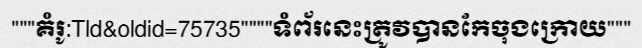
"""គំរូ:Tld&oldid=75735""""ទំព័រនេះត្រូវបានកែចុងក្រោយ"""